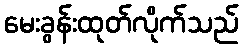
မေးခွန်းထုတ်လိုက်သည်